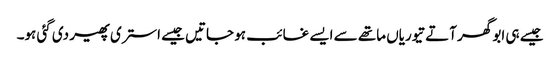
جیسے ہی ابو گھر آتے تیوریاں ماتھے سے ایسے غائب ہو جاتیں جیسے استری پھیر دی گئی ہو۔